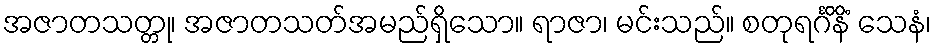
အဇာတသတ္တု၊ အဇာတသတ်အမည်ရှိသော။ ရာဇာ၊ မင်းသည်။ စတုရင်္ဂိနိံ သေနံ၊